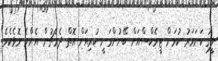
ލީގު ކަށަވަރު ކުރަން ޓީރެކްސްއަށް ބޭނުންވަނީ ކުރިއަށް އޮތް ދެމެޗުން އެންމެ މޮޅެކެވެ.